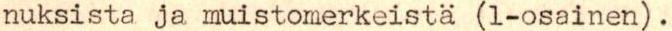
nuksista ja muistomerkeistä (1-osainen).